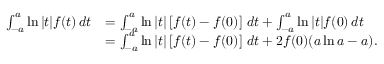
\begin{array} { r l } { \int _ { - a } ^ { a } \ln { | t | } f ( t ) \, d t } & { = \int _ { - a } ^ { a } \ln { | t | } \left[ f ( t ) - f ( 0 ) \right] \, d t + \int _ { - a } ^ { a } \ln { | t | } f ( 0 ) \, d t } \\ & { = \int _ { - a } ^ { a } \ln { | t | } \left[ f ( t ) - f ( 0 ) \right] \, d t + 2 f ( 0 ) ( a \ln { a } - a ) . } \end{array}